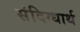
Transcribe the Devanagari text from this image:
संदिग्धार्थ